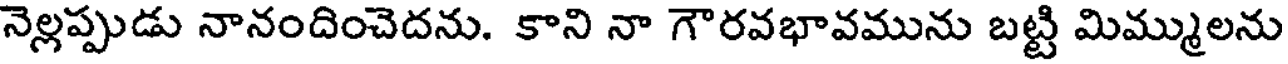
నెల్లప్పుడు నానందించెదను. కాని నా గౌరవభావమును బట్టి మిమ్ములను